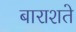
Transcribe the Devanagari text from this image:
बाराशते